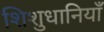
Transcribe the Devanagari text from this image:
शिशुधानियाँ